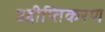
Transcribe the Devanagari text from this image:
उद्दीप्तिकरण